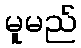
မူမည်